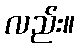
လည်း။